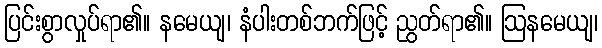
ပြင်းစွာလှုပ်ရာ၏။ နမေယျ၊ နံပါးတစ်ဘက်ဖြင့် ညွတ်ရာ၏။ ဩနမေယျ၊